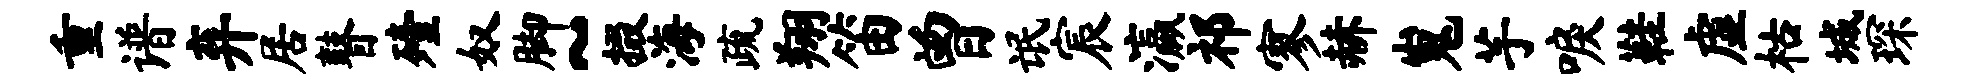
重谱弃居瞽殪奴脚~掇海疏翔笛曾氓宸瀛祁寥赫嵬芋唳鞋虚枯城琛